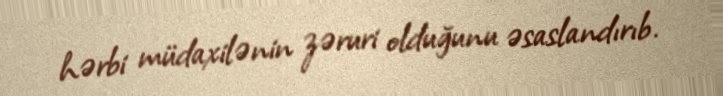
hərbi müdaxilənin zəruri olduğunu əsaslandırıb.